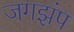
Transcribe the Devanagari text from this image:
जगझंप